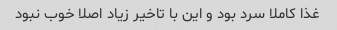
غذا کاملا سرد بود و این با تاخیر زیاد اصلا خوب نبود